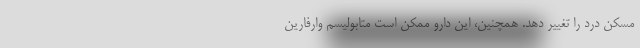
مسکن درد را تغییر دهد. همچنین، این دارو ممکن است متابولیسم وارفارین